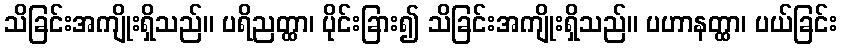
သိခြင်းအကျိုးရှိသည်။ ပရိညတ္ထာ၊ ပိုင်းခြား၍ သိခြင်းအကျိုးရှိသည်။ ပဟာနတ္ထာ၊ ပယ်ခြင်း